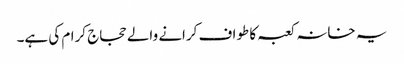
یہ خانہ کعبہ کا طواف کرانے والے حجاج کرام کی ہے۔